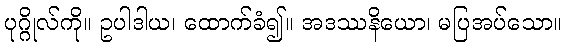
ပုဂ္ဂိုလ်ကို။ ဥပါဒါယ၊ ထောက်ခံ၍။ အဒဿနိယော၊ မပြအပ်သော။